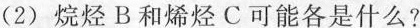
(2)烷烃B和烯烃C可能各是什么?